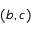
( b , c )